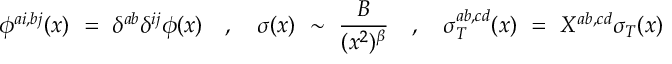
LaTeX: \phi ^ { a i , b j } ( x ) ~ = ~ \delta ^ { a b } \delta ^ { i j } \phi ( x ) ~ ~ ~ , ~ ~ ~ \sigma ( x ) ~ \sim ~ \frac { B } { ( x ^ { 2 } ) ^ { \beta } } ~ ~ ~ , ~ ~ ~ \sigma _ { T } ^ { a b , c d } ( x ) ~ = ~ X ^ { a b , c d } \sigma _ { T } ( x )